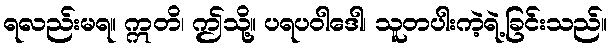
ရလည်းမရ။ ဣတိ၊ ဤသို့။ ပရပဝါဒေါ၊ သူတပါးကဲ့ရဲ့ခြင်းသည်။